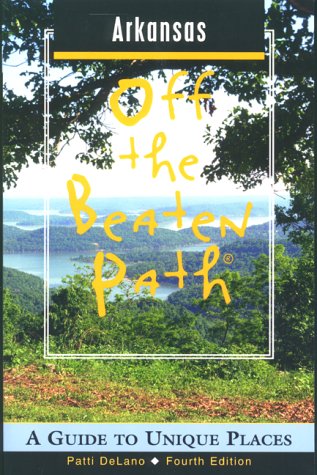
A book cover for Arkansas Off the Beaten Path: A Guide to Unique Places (Off the Beaten Path Series); Patti DeLano; Travel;